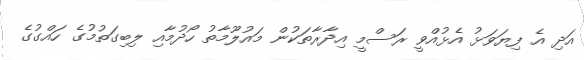
އަދި އެ ފިޔަވަޅު އެޅުއްވީ ރަސްމީ އިދާރާތަކުން މައުލޫމާތު ހޯދުމާއި ލިބިގަތުމުގެ ހައްގުގެ